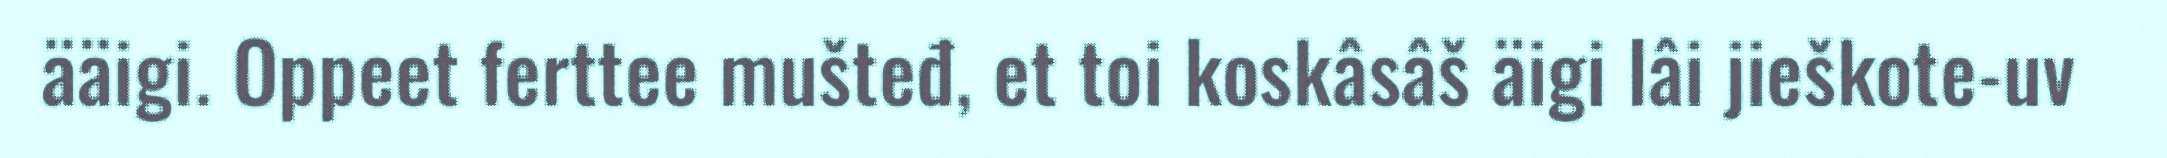
ääigi. Oppeet ferttee mušteđ, et toi koskâsâš äigi lâi jieškote-uv